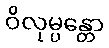
ဝိလုမ္ပန္တော